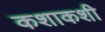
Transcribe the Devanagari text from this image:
कशाकशी